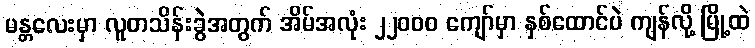
မန္တလေးမှာ လူတသိန်းခွဲအတွက် အိမ်အလုံး ၂၂၀၀၀ ကျော်မှာ နှစ်ထောင်ပဲ ကျန်လို့ မြို့ထဲ